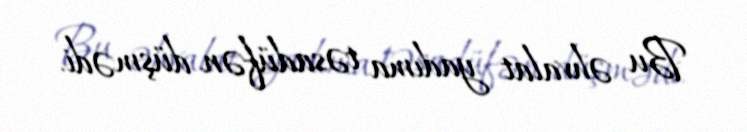
Bu əhvalat yadıma təsadüfən düşmədi.